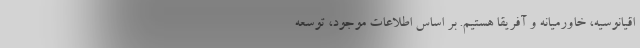
اقیانوسیه، خاورمیانه و آفریقا هستیم. بر اساس اطلاعات موجود، توسعه